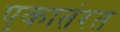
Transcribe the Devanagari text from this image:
एकातंरत